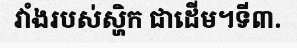
វាំងរបស់ស្ហិក ជាដើម។ទី៣.